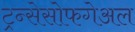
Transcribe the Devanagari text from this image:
ट्रन्सेसोफगेअल